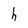
Character: h